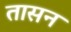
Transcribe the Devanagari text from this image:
तासन